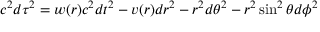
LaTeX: c ^ { 2 } d \tau ^ { 2 } = w ( r ) c ^ { 2 } d t ^ { 2 } - v ( r ) d r ^ { 2 } - r ^ { 2 } d \theta ^ { 2 } - r ^ { 2 } \sin ^ { 2 } \theta d \phi ^ { 2 }